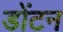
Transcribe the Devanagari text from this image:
डोंटन